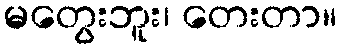
မတွေးဘူး၊ တေးတာ။